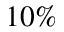
1 0 \%